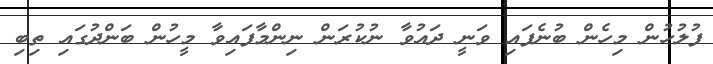
ފުލުހުން މިހެން ބުނެފައި ވަނީ ދައުވާ ނުކުރަން ނިންމާފައިވާ މީހުން ބަންދުގައި ތިބި